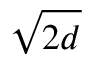
\sqrt { 2 d }